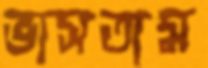
ভাসতাম